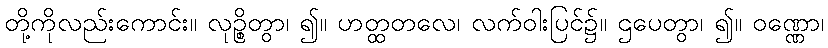
တို့ကိုလည်းကောင်း။ လုဉ္စိတွာ၊ ၍။ ဟတ္ထတလေ၊ လက်ဝါးပြင်၌။ ဌပေတွာ၊ ၍။ ဝဏ္ဏော၊